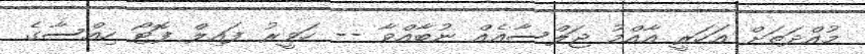
މުއްދަތަށް އަހަރީ އާއްމު ޖަލްސާއެއް ނުބާއްވާ -- ހަވީރު ފައިލް ފޮޓޯ ހިއްސާގެ